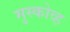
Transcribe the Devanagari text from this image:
मुस्कोव्ह